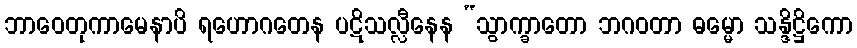
ဘာဝေတုကာမေနာပိ ရဟောဂတေန ပဋိသလ္လီနေန “သွာက္ခာတော ဘဂဝတာ ဓမ္မော သန္ဒိဋ္ဌိကော